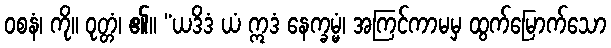
ဝစနံ၊ ကို။ ဝုတ္တံ၊ ၏။ “ယဒိဒံ ယံ ဣဒံ နေက္ခမ္မံ၊ အကြင်ကာမမှ ထွက်မြောက်သော